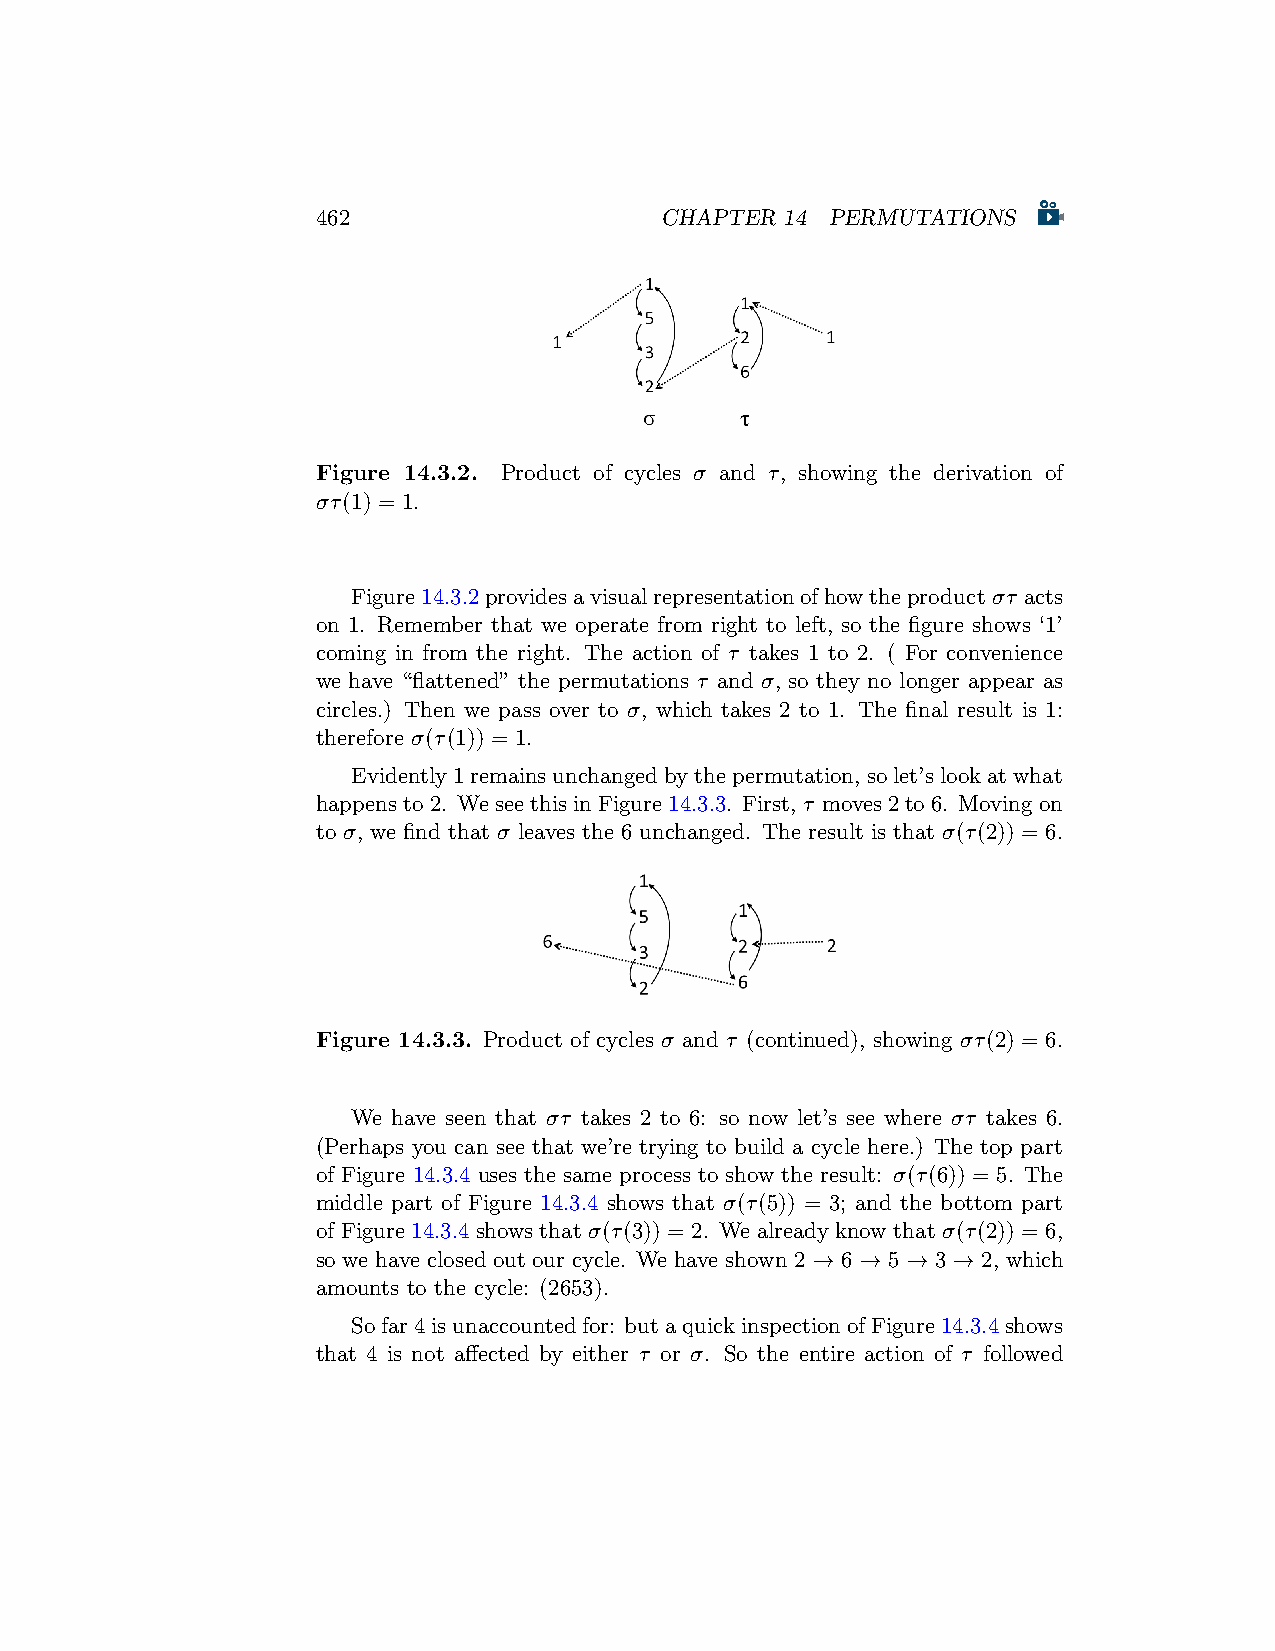
462                    CHAPTER 14 PERMUTATIONS
 Figure 14.3.2. Product of cycles σ and τ, showing the derivation of
 στ(1) = 1.
 Figure14.3.2providesavisualrepresentationofhowtheproductστ acts
 on 1. Remember that we operate from right to left, so the figure shows ‘1’
 coming in from the right. The action of τ takes 1 to 2. ( For convenience
 we have “flattened” the permutations τ and σ, so they no longer appear as
 circles.) Then we pass over to σ, which takes 2 to 1. The final result is 1:
 therefore σ(τ(1)) = 1.
 Evidently1remainsunchangedbythepermutation, solet’slookatwhat
 happensto2. WeseethisinFigure14.3.3. First, τ moves2to6. Movingon
 to σ, we find that σ leaves the 6 unchanged. The result is that σ(τ(2)) = 6.
 Figure 14.3.3. Product of cycles σ and τ (continued), showing στ(2) = 6.
 We have seen that στ takes 2 to 6: so now let’s see where στ takes 6.
 (Perhaps you can see that we’re trying to build a cycle here.) The top part
 of Figure 14.3.4 uses the same process to show the result: σ(τ(6)) = 5. The
 middle part of Figure 14.3.4 shows that σ(τ(5)) = 3; and the bottom part
 of Figure 14.3.4 shows that σ(τ(3)) = 2. We already know that σ(τ(2)) = 6,
 so we have closed out our cycle. We have shown 2 → 6 → 5 → 3 → 2, which
 amounts to the cycle: (2653).
 Sofar4isunaccountedfor: butaquickinspectionofFigure14.3.4shows
 that 4 is not affected by either τ or σ. So the entire action of τ followed